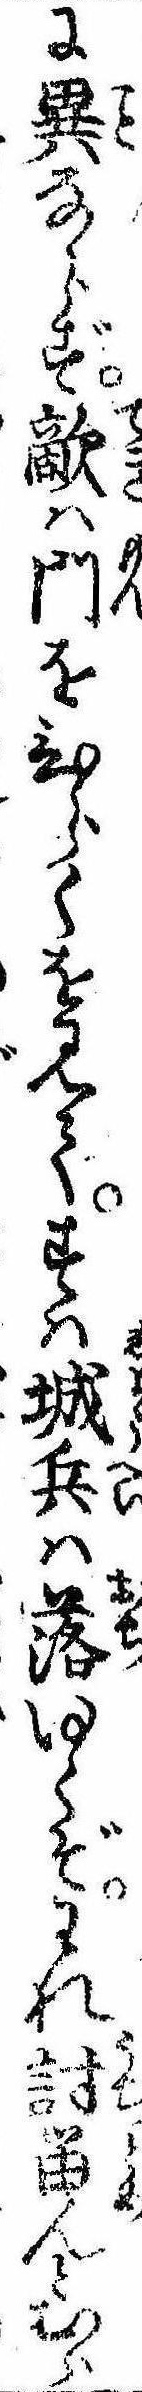
に異ならず敵は門をひらくを見てすは城兵は落ゆくぞわれ討留んとむら